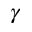
\gamma